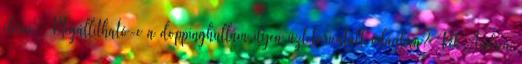
elérni? Megállítható-e a doppinghullám ilyen üzletorientált világban? Pék Andrea